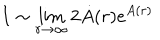
LaTeX: I \sim \lim _ { r \to \infty } 2 \dot { A } ( r ) e ^ { A ( r ) }